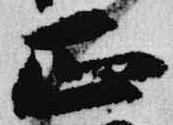
正